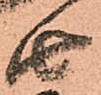
由